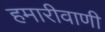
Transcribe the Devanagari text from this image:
हमारीवाणी